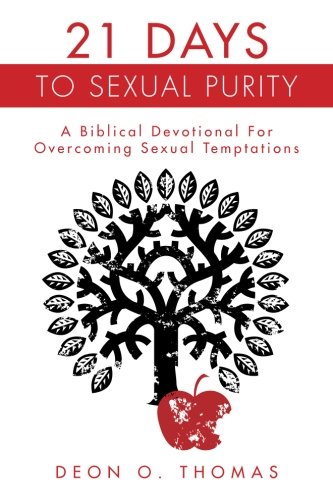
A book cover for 21 Days To Sexual Purity: A Biblical Devotional For Overcoming Sexual Temptations; Deon O. Thomas; Health, Fitness & Dieting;